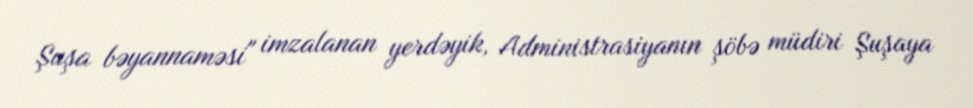
Şuşa bəyannaməsi" imzalanan yerdəyik, Administrasiyanın şöbə müdiri Şuşaya